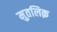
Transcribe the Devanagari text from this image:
मुतलिक़